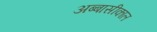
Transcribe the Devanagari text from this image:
अब्बासीकाल